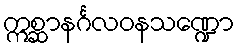
ဣစ္ဆာနင်္ဂလဝနသဏ္ဍော